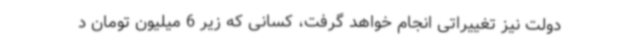
دولت نیز تغییراتی انجام خواهد گرفت، کسانی که زیر 6 میلیون تومان د